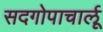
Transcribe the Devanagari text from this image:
सदगोपाचार्लू